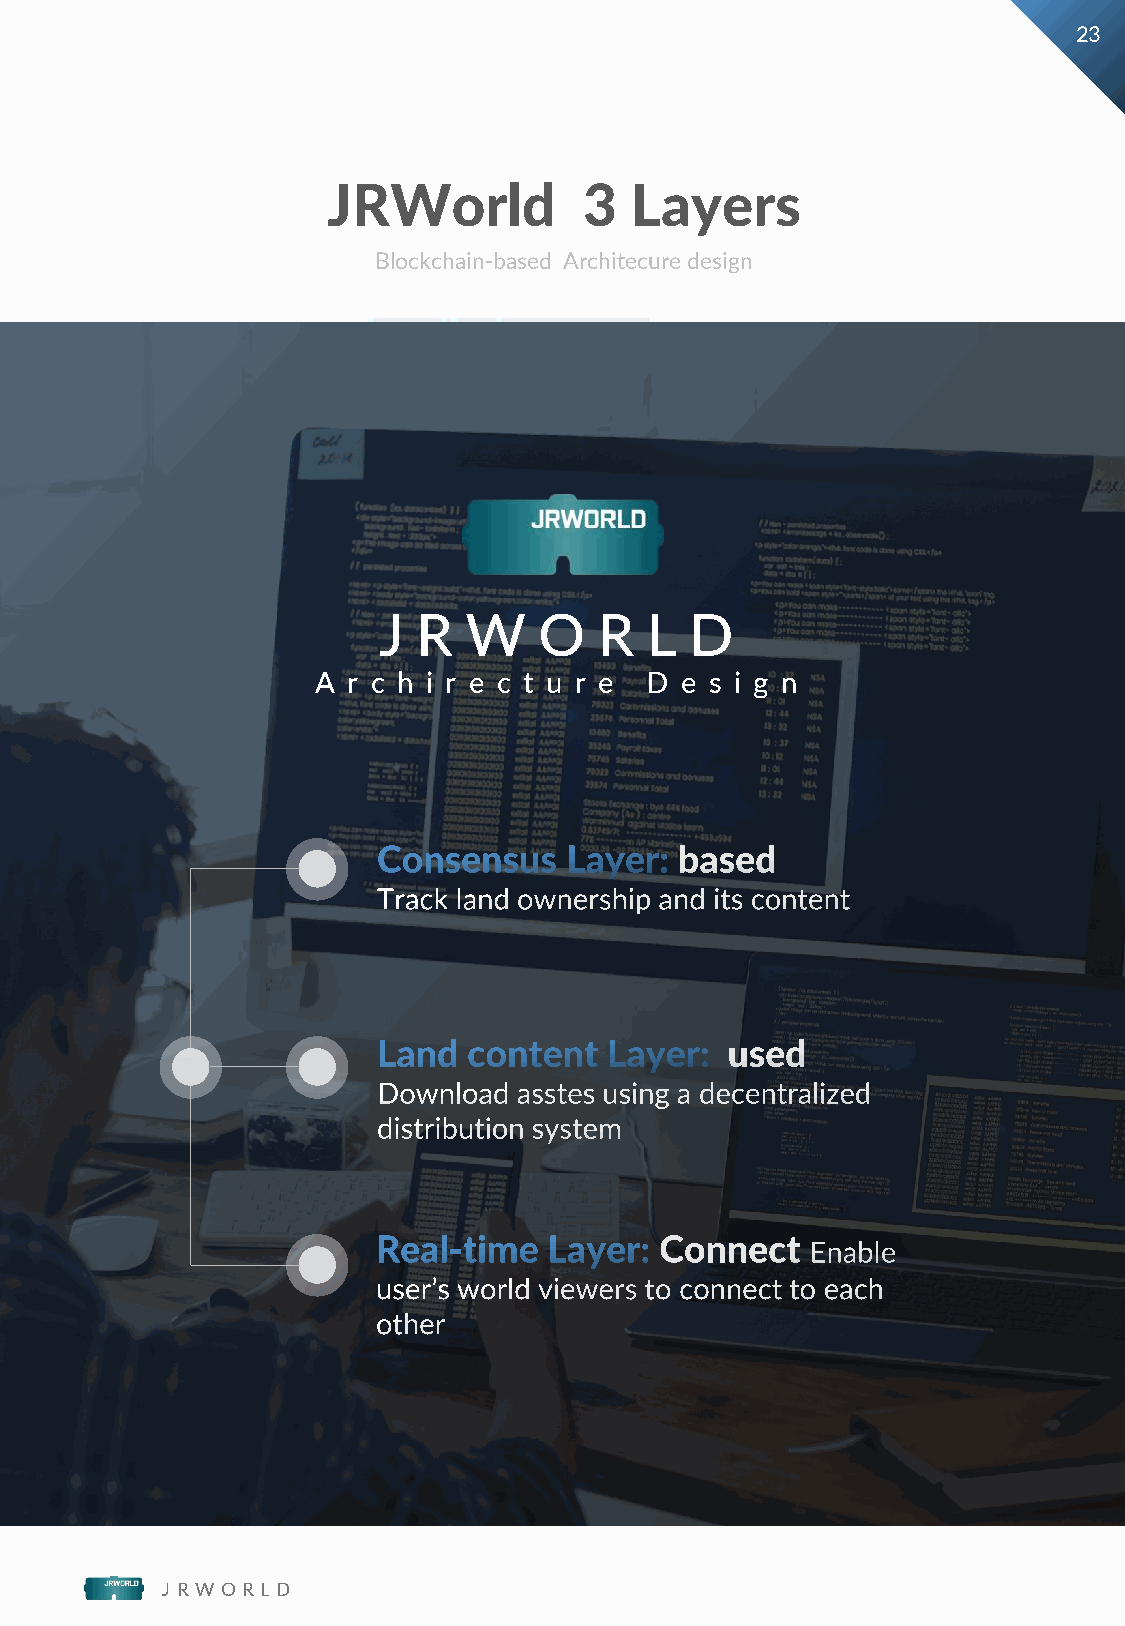
23
 JRWorld          3  Layers
 Blockchain-based Architecure design
 J  R  W    O   R  L  D
 w
 A r c h i r e c t u r e D e s i g n
 w
 w
 .
 j
 r
 w
 o
 r
 l
 d
 .
 o
 r
 g
 J R W O R L D